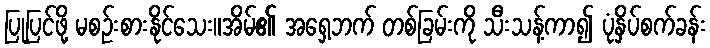
ပြုပြင်ဖို့ မစဉ်းစားနိုင်သေး။အိမ်၏ အရှေ့ဘက် တစ်ခြမ်းကို သီးသန့်ကာ၍ ပုံနှိပ်စက်ခန်း